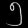
Digit: ၅